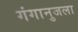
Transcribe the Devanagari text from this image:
गंगानुजला